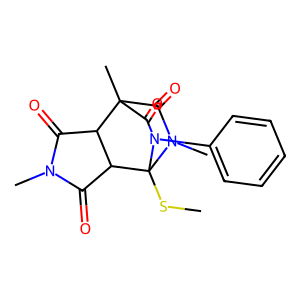
SMILES: CSC12C3C(=O)N(C)C(=O)C3C(C)(C(=O)N1C)C(=O)N2c1ccccc1
Inhibits HIV replication: No